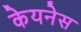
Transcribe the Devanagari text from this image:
केयनेस